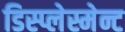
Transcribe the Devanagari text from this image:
डिस्प्लेस्मेन्ट